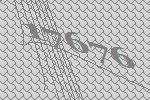
17676